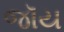
જૉય